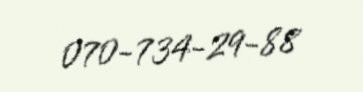
070-734-29-88